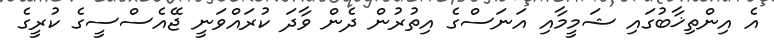
އެ އިންތިޚާބުގައި ޝަމީމާއި އަނަސްގެ އިތުރުން ދެން ވާދަ ކުރައްވަނީ ޖޭއެސްސީގެ ކުރީގެ